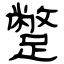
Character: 蹩